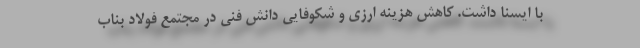
با ایسنا داشت. کاهش هزینه ارزی و شكوفایی دانش فني در مجتمع فولاد بناب